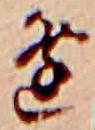
逢